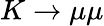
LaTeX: K\rightarrow\mu\mu